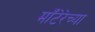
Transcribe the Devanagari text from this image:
माँटेरेच्या